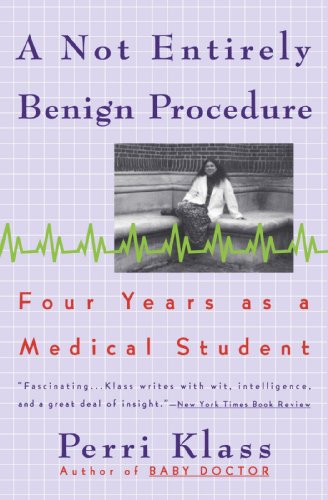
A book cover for A Not Entirely Benign Procedure: Four Years As A Medical Student; Perri Klass; Medical Books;